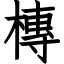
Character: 槫